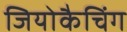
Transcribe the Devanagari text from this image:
जियोकैचिंग